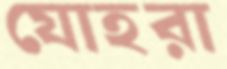
যোহরা